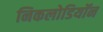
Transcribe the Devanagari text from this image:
निकलोडियॉन